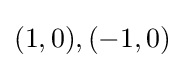
(1,0),(-1,0)